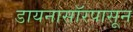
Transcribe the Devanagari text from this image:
डायनासॉरपासून